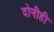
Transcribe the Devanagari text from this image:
दोनीही